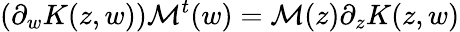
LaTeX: (\partial_{w}K(z,w)){\cal M}^{t}(w)={\cal M}(z)\partial_{z}K(z,w)